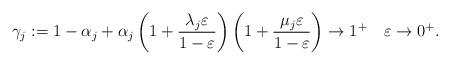
LaTeX: \begin{align*}\gamma_j :=1 -\alpha_j +\alpha_j\left(1 +\frac{\lambda_j\varepsilon}{1 -\varepsilon}\right)\left(1 +\frac{\mu_j\varepsilon}{1 -\varepsilon}\right) \to 1^+ \quad\varepsilon \to 0^+.\end{align*}